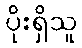
ပိုးရှိသူ